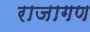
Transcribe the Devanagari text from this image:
राजागण